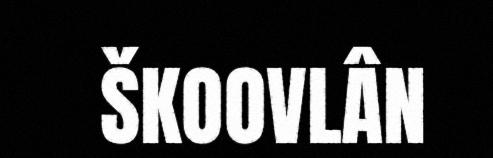
ŠKOOVLÂN